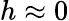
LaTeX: h\approx 0